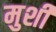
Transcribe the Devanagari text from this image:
मुर्शी